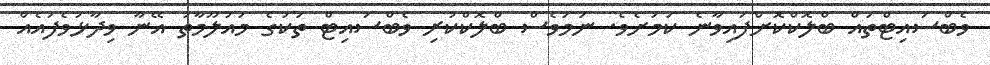
ވެބްސައިޓްތައް ބްލޮކްކޮށްފައިވާނެ ކަމަށެވެ. ނަމަވެސް ބްލޮކްކުރި ވެބްސައިޓް ތަކުގެ މައުލޫމާތު އޭނާ ވިދާޅުވެފައެއް